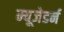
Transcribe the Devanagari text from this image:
म्यूजेडर्न